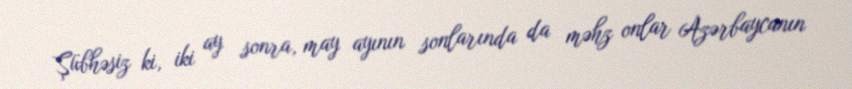
Şübhəsiz ki, iki ay sonra, may ayının sonlarında da məhz onlar Azərbaycanın